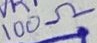
Text: 100Ω